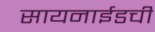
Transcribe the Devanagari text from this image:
सायनाईडची